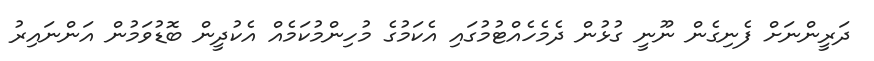
ދަރީންނަށް ފެނިގެން ނޫނީ ގުޅުން ދެމެހެއްޓުމުގައި އެކަމުގެ މުހިންމުކަމެއް އެކުދީން ބޮޑުވަމުން އަންނައިރު